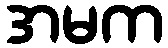
အမက